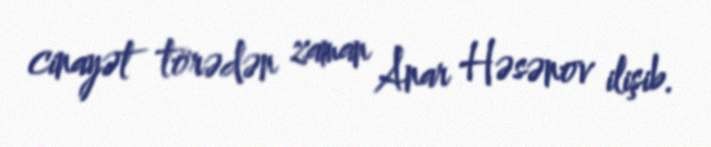
cinayət törədən zaman Anar Həsənov ilişib.